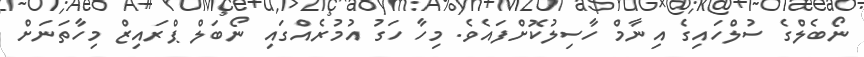
ނޯބެލްގެ ސުލްހައިގެ އިނާމް ހާސިލުކޮށްފައެވެ. މިހާ ހަގު އުމުރެއްގައި ނޯބަލް ޕްރައިޒް މިހާތަނަށް